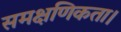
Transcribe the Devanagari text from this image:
समक्षणिकता।